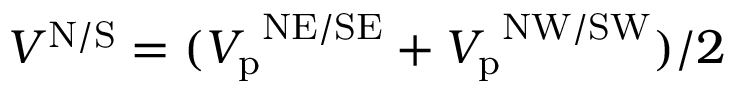
V ^ { \mathrm { N / S } } = ( { V _ { \mathrm { p } } } ^ { \mathrm { N E / S E } } + { V _ { \mathrm { p } } } ^ { \mathrm { N W / S W } } ) / 2